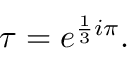
\tau = e ^ { { \frac { 1 } { 3 } } i \pi } .